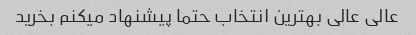
عالی عالی بهترین انتخاب حتما پیشنهاد میکنم بخرید